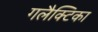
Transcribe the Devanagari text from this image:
गलैक्टिका